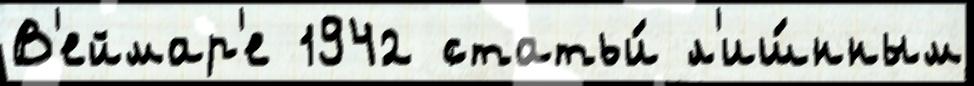
В'еймар'е 1942 статьи́ л'иш́нным